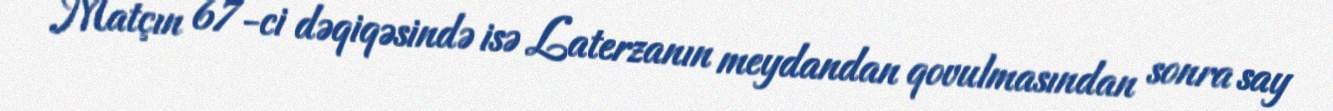
Matçın 67-ci dəqiqəsində isə Laterzanın meydandan qovulmasından sonra say